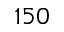
1 5 0